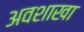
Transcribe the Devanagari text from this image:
अवशाखा